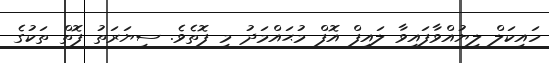
ހައިކަލް ލިޔުއްވާފައިވާ ލައިފް އޮފް މުޙައްމަދު މި ފޮތެވެ. ސިޔަރަތު ފޮތް ތަކުގެ